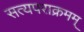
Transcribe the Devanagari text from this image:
सत्यपराक्रमम्